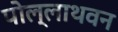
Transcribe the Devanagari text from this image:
पोल्लाथवन